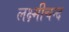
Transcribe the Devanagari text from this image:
लक्ष्मीचन्द